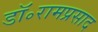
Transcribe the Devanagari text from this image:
डॉ॰रामप्रसाद